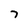
Character: 7